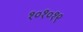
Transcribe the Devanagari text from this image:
१०१०१९